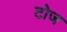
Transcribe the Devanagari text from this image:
टोज